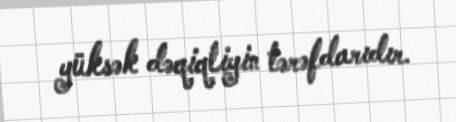
yüksək dəqiqliyin tərəfdarıdır.